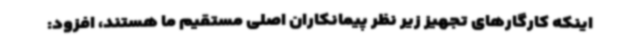
اینکه کارگارهای تجهیز زیر نظر پیمانکاران اصلی مستقیم ما هستند، افزود: